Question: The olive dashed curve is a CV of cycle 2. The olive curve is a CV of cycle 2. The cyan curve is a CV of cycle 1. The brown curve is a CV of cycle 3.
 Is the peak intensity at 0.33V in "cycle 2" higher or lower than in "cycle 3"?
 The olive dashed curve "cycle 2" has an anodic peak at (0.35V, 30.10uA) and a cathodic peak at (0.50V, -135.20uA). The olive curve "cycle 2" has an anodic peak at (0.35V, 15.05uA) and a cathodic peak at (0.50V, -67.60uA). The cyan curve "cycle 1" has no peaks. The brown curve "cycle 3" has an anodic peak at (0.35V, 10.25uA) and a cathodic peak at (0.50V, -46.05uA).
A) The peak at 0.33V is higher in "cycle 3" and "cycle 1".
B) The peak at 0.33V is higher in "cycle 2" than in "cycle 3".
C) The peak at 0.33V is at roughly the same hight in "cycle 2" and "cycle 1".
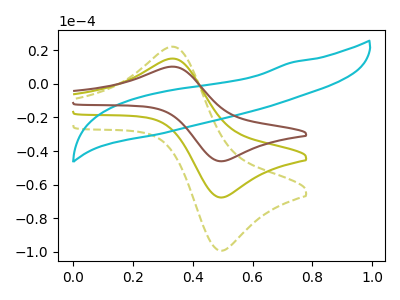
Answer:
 <answer>B) The peak at 0.33V is higher in "cycle 2" than in "cycle 3".</answer>
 <eval>B</eval>